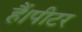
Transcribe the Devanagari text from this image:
हैं।पीटर